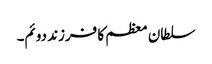
سلطان معظم کا فرزند دوئم۔